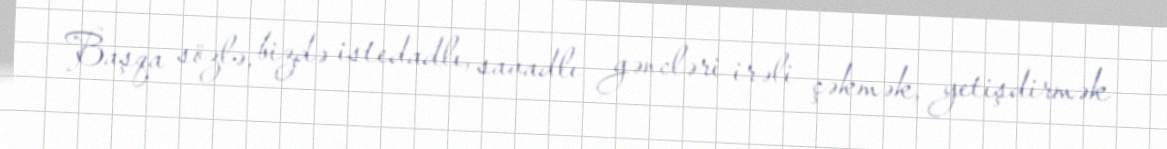
Başqa sözlə, bizdə istedadlı, savadlı gəncləri irəli çəkmək, yetişdirmək